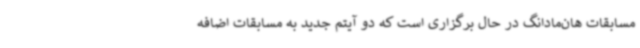
مسابقات هان‌مادانگ در حال برگزاری است که دو آیتم جدید به مسابقات اضافه